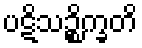
ပဋိသဉ္စိက္ခတိ